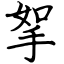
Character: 挐